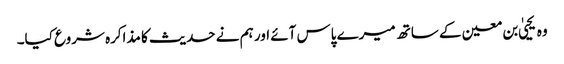
وہ یحییٰ بن معین کے ساتھ میرے پاس آئے اور ہم نے حدیث کا مذاکرہ شروع کیا۔